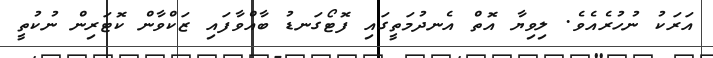
އަރަކު ނުހުރެއެވެ. ލިވިޔާ އޮތް އެނދުމަތީގައި ފޮޓޯގަނޑު ބާއްވާފައި ޒަކްވާން ކޮޓަރިން ނުކުތީ